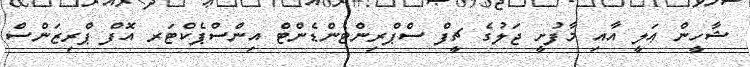
ޝާހީން ޢަލީ އާއި މާފުށީ ޖަލުގެ ޗީފް ސްޕްރިންޓެންޑެންޓް އިންސްޕެކްޓަރ އޮފް ޕްރިޒަންސް